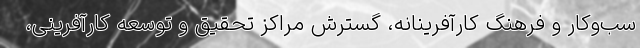
سب‌وکار و فرهنگ کارآفرینانه، گسترش مراکز تحقیق و توسعه کارآفرینی،